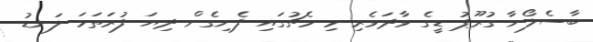
ބާސެލޯނާ ގުރޫޕު ޑީގެ ވާދަވެރި މި މެޗުގައި ފެނިގެން ދިޔަ ފުރަތަމަ ލަނޑު